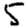
Digit: 5